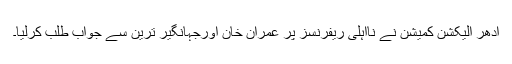
ادھر الیکشن کمیشن نے نااہلی ریفرنسز پر عمران خان اورجہانگیر ترین سے جواب طلب کرلیا۔